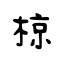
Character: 椋